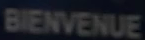
BIENVENUE